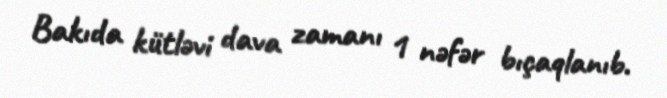
Bakıda kütləvi dava zamanı 1 nəfər bıçaqlanıb.